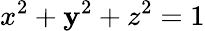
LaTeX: x^{2}+\mathbf{y}^{2}+z^{2}=1